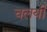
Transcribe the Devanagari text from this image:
चलयी